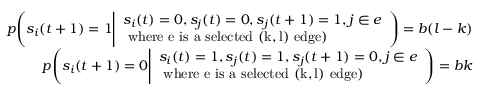
\begin{array} { r } { p \Bigg ( s _ { i } ( t + 1 ) = 1 \Bigg | \begin{array} { l } { s _ { i } ( t ) = 0 , s _ { j } ( t ) = 0 , s _ { j } ( t + 1 ) = 1 , j \in e } \\ { \mathrm { ~ w h e r e ~ e ~ i s ~ a ~ s e l e c t e d ~ ( k , l ) ~ e d g e } ) } \end{array} \Bigg ) = b ( l - k ) } \\ { p \Bigg ( s _ { i } ( t + 1 ) = 0 \Bigg | \begin{array} { l } { s _ { i } ( t ) = 1 , s _ { j } ( t ) = 1 , s _ { j } ( t + 1 ) = 0 , j \in e } \\ { \mathrm { ~ w h e r e ~ e ~ i s ~ a ~ s e l e c t e d ~ ( k , l ) ~ e d g e } ) } \end{array} \Bigg ) = b k } \end{array}